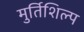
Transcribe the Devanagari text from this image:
मुर्तिशिल्प